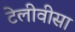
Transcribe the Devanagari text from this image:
टेलीवीसा